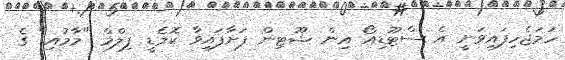
ހަމަޖެހިފައިވަނީ އެ ސްޓޫޑިއޯ އިން ޝޫޓިން ފަށާފައިވާ ކޮމެޑީ ފިލްމް "މާމުއި" ގެ